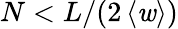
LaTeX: N<L/(2\left<\mathit{w}\right>)